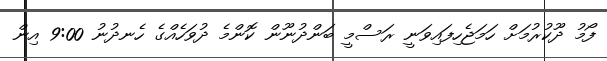
ފޯމު ދޫކުރުމަށް ހަމަޖެހިފައިވަނީ ރަސްމީ ބަންދުނޫން ކޮންމެ ދުވަހެއްގެ ހެނދުނު 9:00 އިން